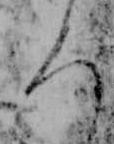
ろ